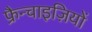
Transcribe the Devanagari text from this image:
फ्रैन्चाइज़ियों